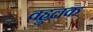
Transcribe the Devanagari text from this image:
वहुलक